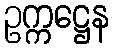
ဥက္ကဋ္ဌေန